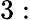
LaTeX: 3: